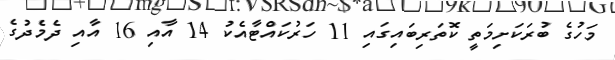
މަހުގެ ބުރަކަށިމަތީ ކޮތަރިބައިގައި 11 ހަރުކައްޓާއެކު 14 އާއި 16 އާއި ދެމެދުގެ